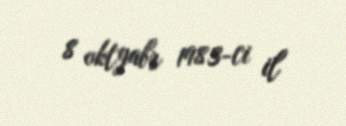
8 oktyabr 1983-ci il